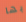
بها